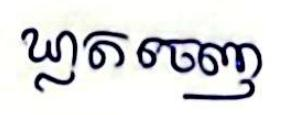
ឃ្លាតចេញ